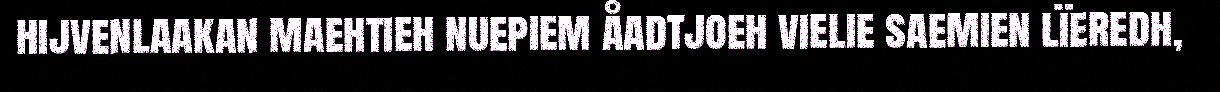
hijvenlaakan maehtieh nuepiem åadtjoeh vielie saemien lïeredh,